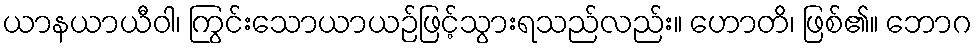
ယာနယာယီဝါ၊ ကြွင်းသောယာယဉ်ဖြင့်သွားရသည်လည်း။ ဟောတိ၊ ဖြစ်၏။ ဘောဂ